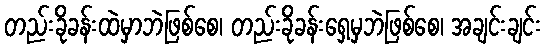
တည်းခိုခန်းထဲမှာဘဲဖြစ်စေ၊ တည်းခိုခန်းရှေ့မှဘဲဖြစ်စေ၊ အချင်းချင်း